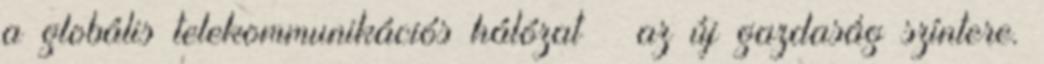
a globális telekommunikációs hálózat – az új gazdaság színtere.